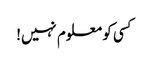
کسی کو معلوم نہیں!